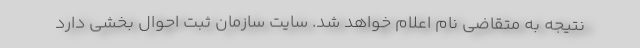
نتیجه به متقاضی نام اعلام خواهد شد. سایت سازمان ثبت احوال بخشی دارد